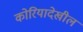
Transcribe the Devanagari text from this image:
कोरियादेखील